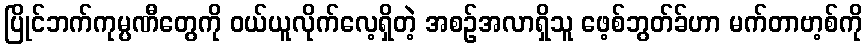
ပြိုင်ဘက်ကုမ္ပဏီတွေကို ဝယ်ယူလိုက်လေ့ရှိတဲ့ အစဉ်အလာရှိသူ ဖေ့စ်ဘွတ်ခ်ဟာ မက်တာဗာ့စ်ကို